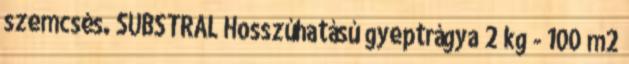
szemcsés. SUBSTRAL Hosszúhatású gyeptrágya 2 kg - 100 m2